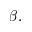
\beta .